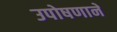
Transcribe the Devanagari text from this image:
उपोषणाने